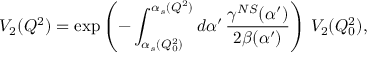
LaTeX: V _ { 2 } ( Q ^ { 2 } ) = \exp \left( - \int _ { \alpha _ { s } ( Q _ { 0 } ^ { 2 } ) } ^ { \alpha _ { s } ( Q ^ { 2 } ) } d \alpha ^ { \prime } \, \frac { \gamma ^ { N S } ( \alpha ^ { \prime } ) } { 2 \beta ( \alpha ^ { \prime } ) } \right) \, V _ { 2 } ( Q _ { 0 } ^ { 2 } ) ,